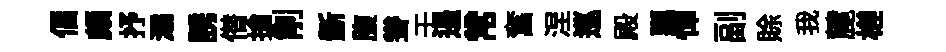
偪頗抒灞誘僣搶削斵腹聳壬遏常奮涅巡殿瓢憚副賖我麓槎